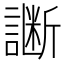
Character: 𲁵